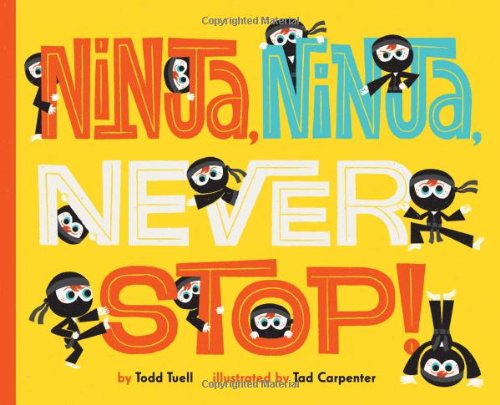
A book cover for Ninja, Ninja, Never Stop!; Todd Tuell; Children's Books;